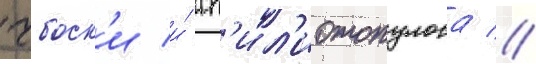
чбоск'и и́ сп'ил'иотопулоса //